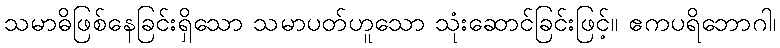
သမာဓိဖြစ်နေခြင်းရှိသော သမာပတ်ဟူသော သုံးဆောင်ခြင်းဖြင့်။ ဧကပရိဘောဂါ၊